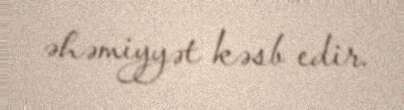
əhəmiyyət kəsb edir.